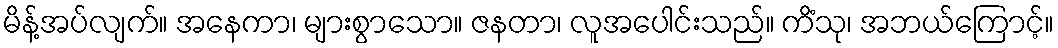
မိန့်အပ်လျက်။ အနေကာ၊ များစွာသော။ ဇနတာ၊ လူအပေါင်းသည်။ ကိံသု၊ အဘယ်ကြောင့်။